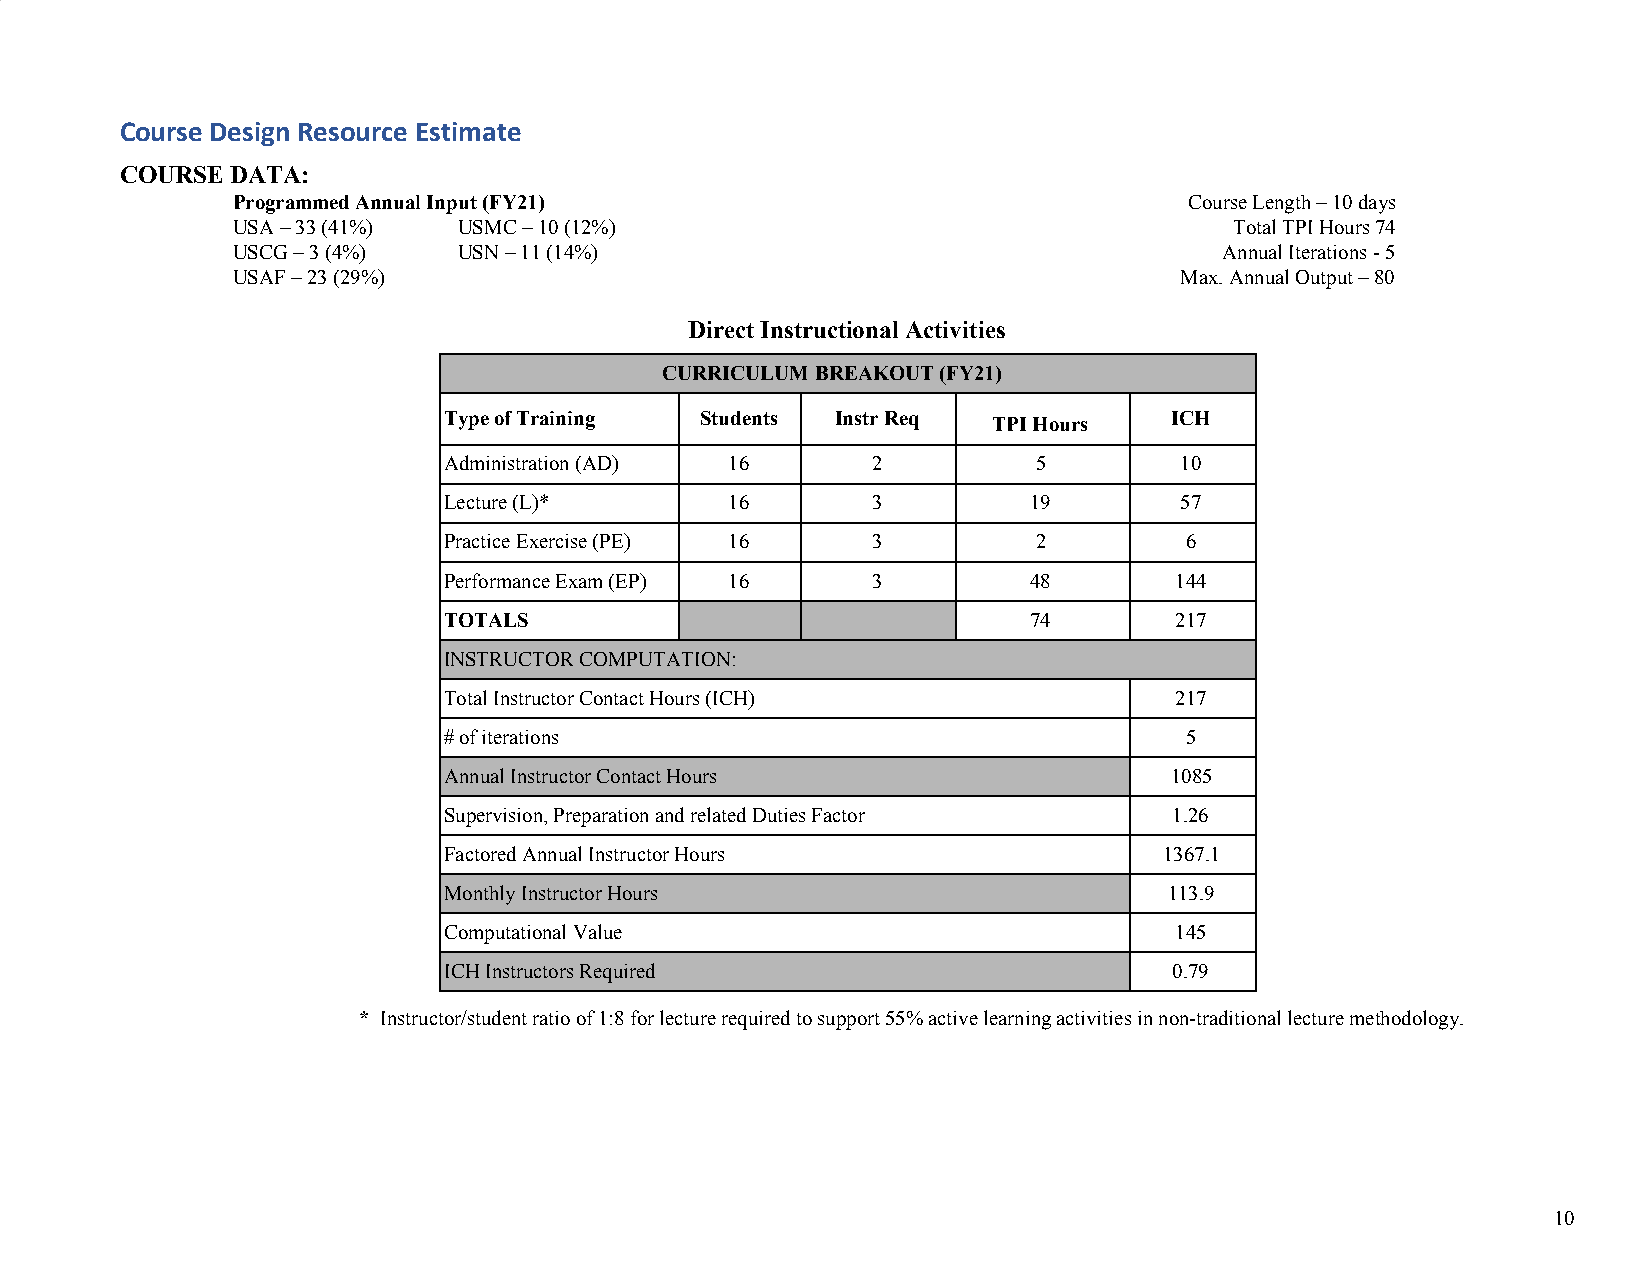
Course Design Resource Estimate
 COURSE DATA:
 Programmed Annual Input (FY21)                                  Course Length – 10 days
 USA – 33 (41%) USMC – 10 (12%)                                     Total TPI Hours 74
 USCG – 3 (4%)  USN – 11 (14%)                                     Annual Iterations - 5
 USAF – 23 (29%)                                                Max. Annual Output – 80
 Direct Instructional Activities
 CURRICULUM BREAKOUT (FY21)
 Type of Training Students Instr Req  TPI Hours  ICH
 Administration (AD) 16       2          5        10
 Lecture (L)*       16        3         19        57
 Practice Exercise (PE) 16    3          2        6
 Performance Exam (EP) 16     3         48        144
 TOTALS                                 74        217
 INSTRUCTOR COMPUTATION:
 Total Instructor Contact Hours (ICH)             217
 # of iterations                                  5
 Annual Instructor Contact Hours                 1085
 Supervision, Preparation and related Duties Factor 1.26
 Factored Annual Instructor Hours                1367.1
 Monthly Instructor Hours                        113.9
 Computational Value                              145
 ICH Instructors Required                         0.79
 * Instructor/student ratio of 1:8 for lecture required to support 55% active learning activities in non-traditional lecture methodology.
 ​
 10